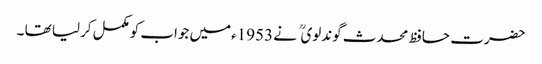
حضرت حافظ محدث گوندلوی نے 1953ءمیں جواب کومکمل کرلیا تھا ۔